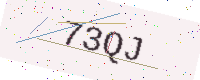
Text: 73QJ